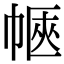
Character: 𢃫